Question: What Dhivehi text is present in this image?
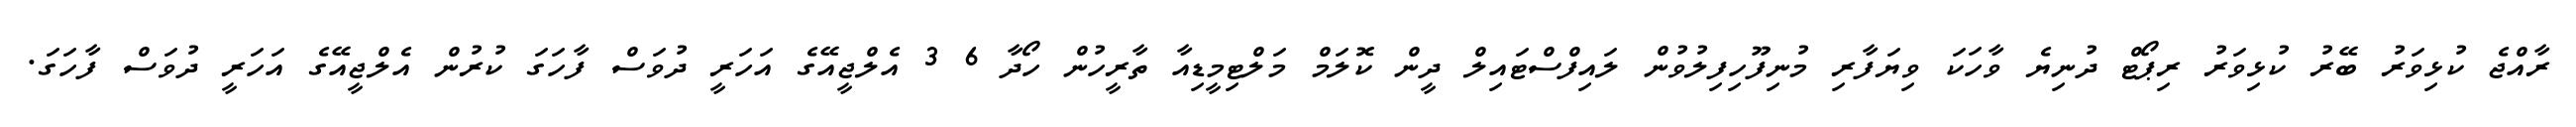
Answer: ރާއްޖެ ކުޅިވަރު ބޭރު ކުޅިވަރު ރިޕޯޓް ދުނިޔެ ވާހަކަ ވިޔަފާރި މުނިފޫހިފިލުވުން ލައިފްސްޓައިލް ދީން ކޮލަމް މަލްޓިމީޑިއާ ތާރީހުން ހޯދާ 6 3 އެލްޖީއޭގެ އަހަރީ ދުވަސް ފާހަގަ ކުރުން އެލްޖީއޭގެ އަހަރީ ދުވަސް ފާހަގަ.